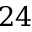
2 4